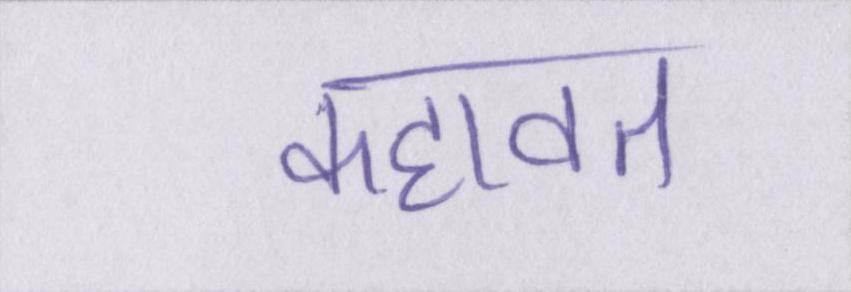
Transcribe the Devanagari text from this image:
कहावत